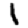
Digit: 1